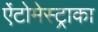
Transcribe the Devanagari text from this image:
ऐंटोमेस्ट्राका